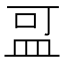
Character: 𪾌